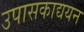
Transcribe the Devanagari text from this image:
उपासकाद्ययन